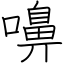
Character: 嚊